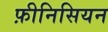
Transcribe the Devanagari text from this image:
फ़ीनिसियन